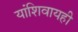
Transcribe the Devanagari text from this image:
यांशिवायही